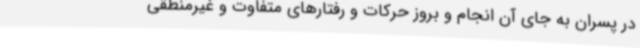
در پسران به جای آن انجام و بروز حرکات و رفتارهای متفاوت و غیرمنطقی